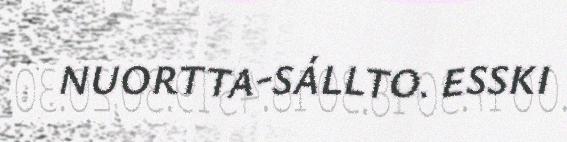
NUORTTA-SÁLLTO. ESSKI